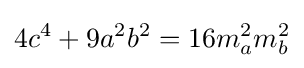
4c^{4}+9a^{2}b^{2}=16m_{a}^{2}m_{b}^{2}